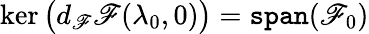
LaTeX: \ker\big(d_{\mathscr{F}}\mathscr{{F}}(\lambda_{0},0)\big)=\mathtt{{span}}(\mathscr{F}_{0})